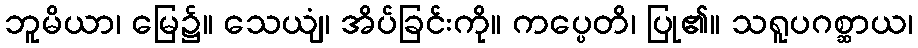
ဘူမိယာ၊ မြေ၌။ သေယျံ၊ အိပ်ခြင်းကို။ ကပ္ပေတိ၊ ပြု၏။ သရူပဂစ္ဆာယ၊